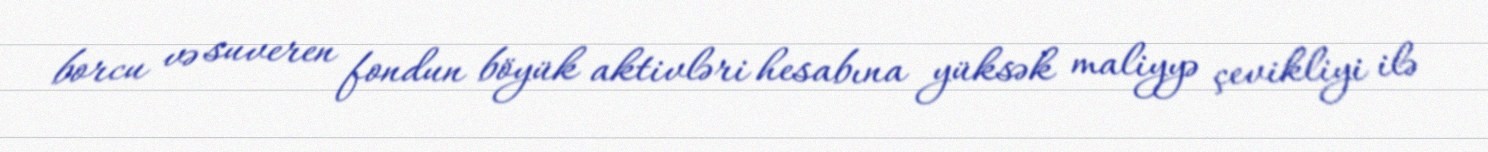
borcu və suveren fondun böyük aktivləri hesabına yüksək maliyyə çevikliyi ilə